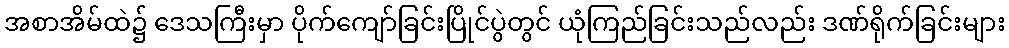
အစာအိမ်ထဲ၌ ဒေသကြီးမှာ ပိုက်ကျော်ခြင်းပြိုင်ပွဲတွင် ယုံကြည်ခြင်းသည်လည်း ဒဏ်ရိုက်ခြင်းများ